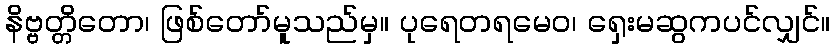
နိဗ္ဗတ္တိတော၊ ဖြစ်တော်မူသည်မှ။ ပုရေတရမေဝ၊ ရှေးမဆွကပင်လျှင်။